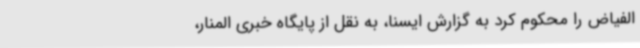
الفیاض را محکوم کرد به گزارش ایسنا، به نقل از پایگاه خبری المنار،